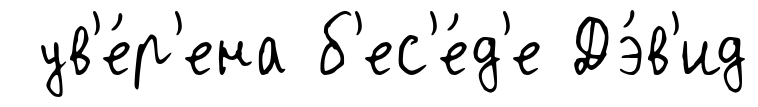
ув'е́р'ена б'ес'е́д'е Дэ́в'ид